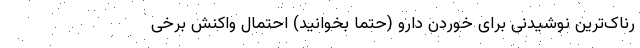
رناک‌ترین نوشیدنی برای خوردن دارو (حتما بخوانید) احتمال واکنش برخی